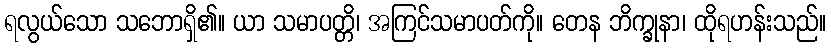
ရလွယ်သော သဘောရှိ၏။ ယာ သမာပတ္တိ၊ အကြင်သမာပတ်ကို။ တေန ဘိက္ခုနာ၊ ထိုရဟန်းသည်။